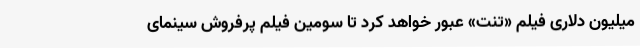
میلیون دلاری فیلم «تنت» عبور خواهد کرد تا سومین فیلم پرفروش سینمای